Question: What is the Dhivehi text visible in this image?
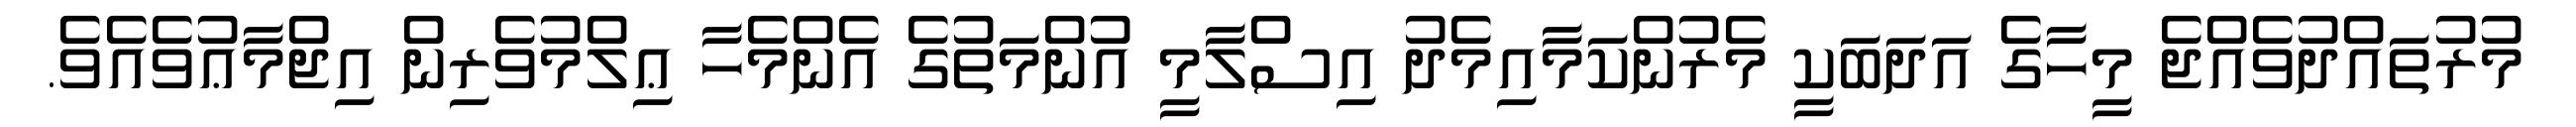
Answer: މުރުތައްދުވެއްޖެ މީހާގެ އަދަބަކީ މެރުންކަމާއިމެދު އިސްލާމީ އުންމަތުގެ އެންމެހާ ޢިލްމުވެރިން އިޖްމާޢުވެއެވެ.